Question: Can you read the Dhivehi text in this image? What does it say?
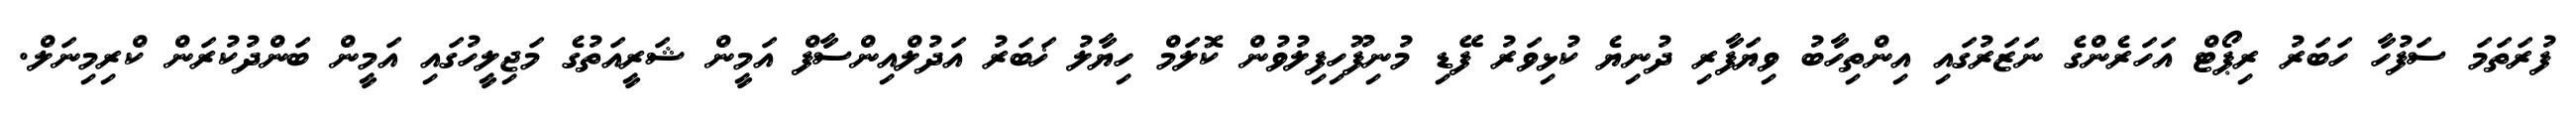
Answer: ފުރަތަމަ ސަފުހާ ހަބަރު ރިޕޯޓް އަހަރެންގެ ނަޒަރުގައި އިންތިހާބު ވިޔަފާރި ދުނިޔެ ކުޅިވަރު ފޭޑި މުނިފޫހިފިލުވުން ކޮލަމް ހިޔާލު ޚަބަރު އަދުލްއިންސާފް އަމީން ޝަރީއަތުގެ މަޖިލީހުގައި އަމީން ބަންދުކުރަން ކްރިމިނަލް.